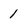
Character: 1